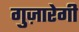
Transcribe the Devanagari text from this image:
गुज़ारेगी